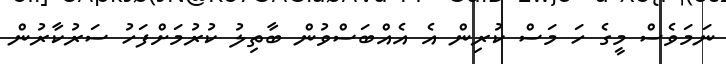
ނަމަވެސް މީގެ ހަ މަސް ކުރިން އެ އެއްބަސްވުން ބާތިލު ކުރުމަށްފަހު ސަރުކާރުން